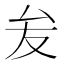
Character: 𭆙